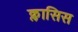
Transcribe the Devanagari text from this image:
क्लासिस